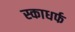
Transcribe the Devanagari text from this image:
स्काधर्फ